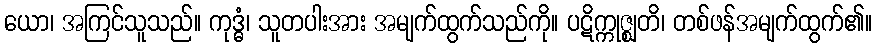
ယော၊ အကြင်သူသည်။ ကုဒ္ဓံ၊ သူတပါးအား အမျက်ထွက်သည်ကို။ ပဋိက္ကုဇ္ဈတိ၊ တစ်ဖန်အမျက်ထွက်၏။